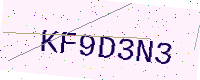
Text: KF9D3N3